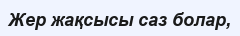
Жер жақсысы саз болар,